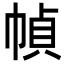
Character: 幀